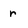
Character: r